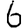
Digit: 6